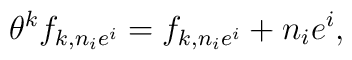
\theta^k f_{k,n_ie^i} = f_{k,n_ie^i} + n_ie^i,